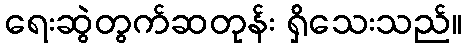
ရေးဆွဲတွက်ဆတုန်း ရှိသေးသည်။